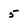
Character: 5